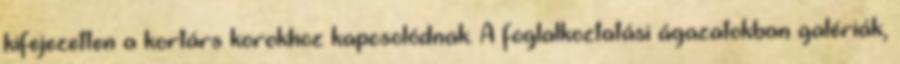
kifejezetten a kortárs korokhoz kapcsolódnak. A foglalkoztatási ágazatokban galériák,